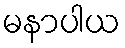
မနာပါယ